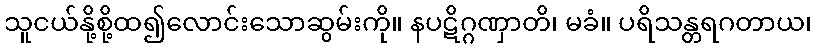
သူငယ်နို့စို့ထ၍လောင်းသောဆွမ်းကို။ နပဋိဂ္ဂဏှာတိ၊ မခံ။ ပရိသန္တရဂတာယ၊